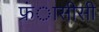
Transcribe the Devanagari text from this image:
फ्रंासीसी